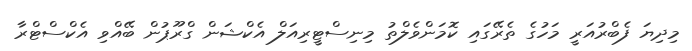
މިދިޔަ ފެބްރުއަރީ މަހުގެ ތެރޭގައި ކޮމަންވެލްތު މިނިސްޓީރިއަލް އެކްޝަން ގްރޫޕުން ބޭއްވި އެކްސްޓްރާ